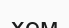
хем